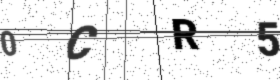
Text: 0CR5